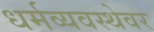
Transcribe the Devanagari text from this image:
धर्मव्यवस्थेवर